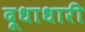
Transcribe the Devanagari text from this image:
दूधाधारी